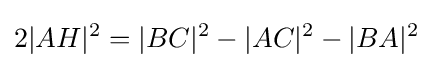
2|AH|^{2}=|BC|^{2}-|AC|^{2}-|BA|^{2}